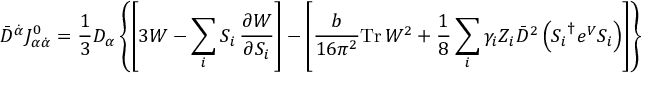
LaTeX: \bar { D } ^ { \dot { \alpha } } J _ { \alpha \dot { \alpha } } ^ { 0 } = \frac { 1 } { 3 } D _ { \alpha } \left\{ \left[ 3 { \cal W } - \sum _ { i } S _ { i } \, \frac { \partial { \cal W } } { \partial S _ { i } } \right] - \left[ \frac { b } { 1 6 \pi ^ { 2 } } \mathrm { T r } \, W ^ { 2 } + \frac { 1 } { 8 } \sum _ { i } \gamma _ { i } Z _ { i } \bar { D } ^ { 2 } \left( { S _ { i } } ^ { \dagger } e ^ { V } S _ { i } \right) \right] \right\}